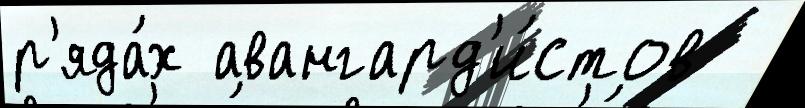
р'яда́х авангард'и́стов